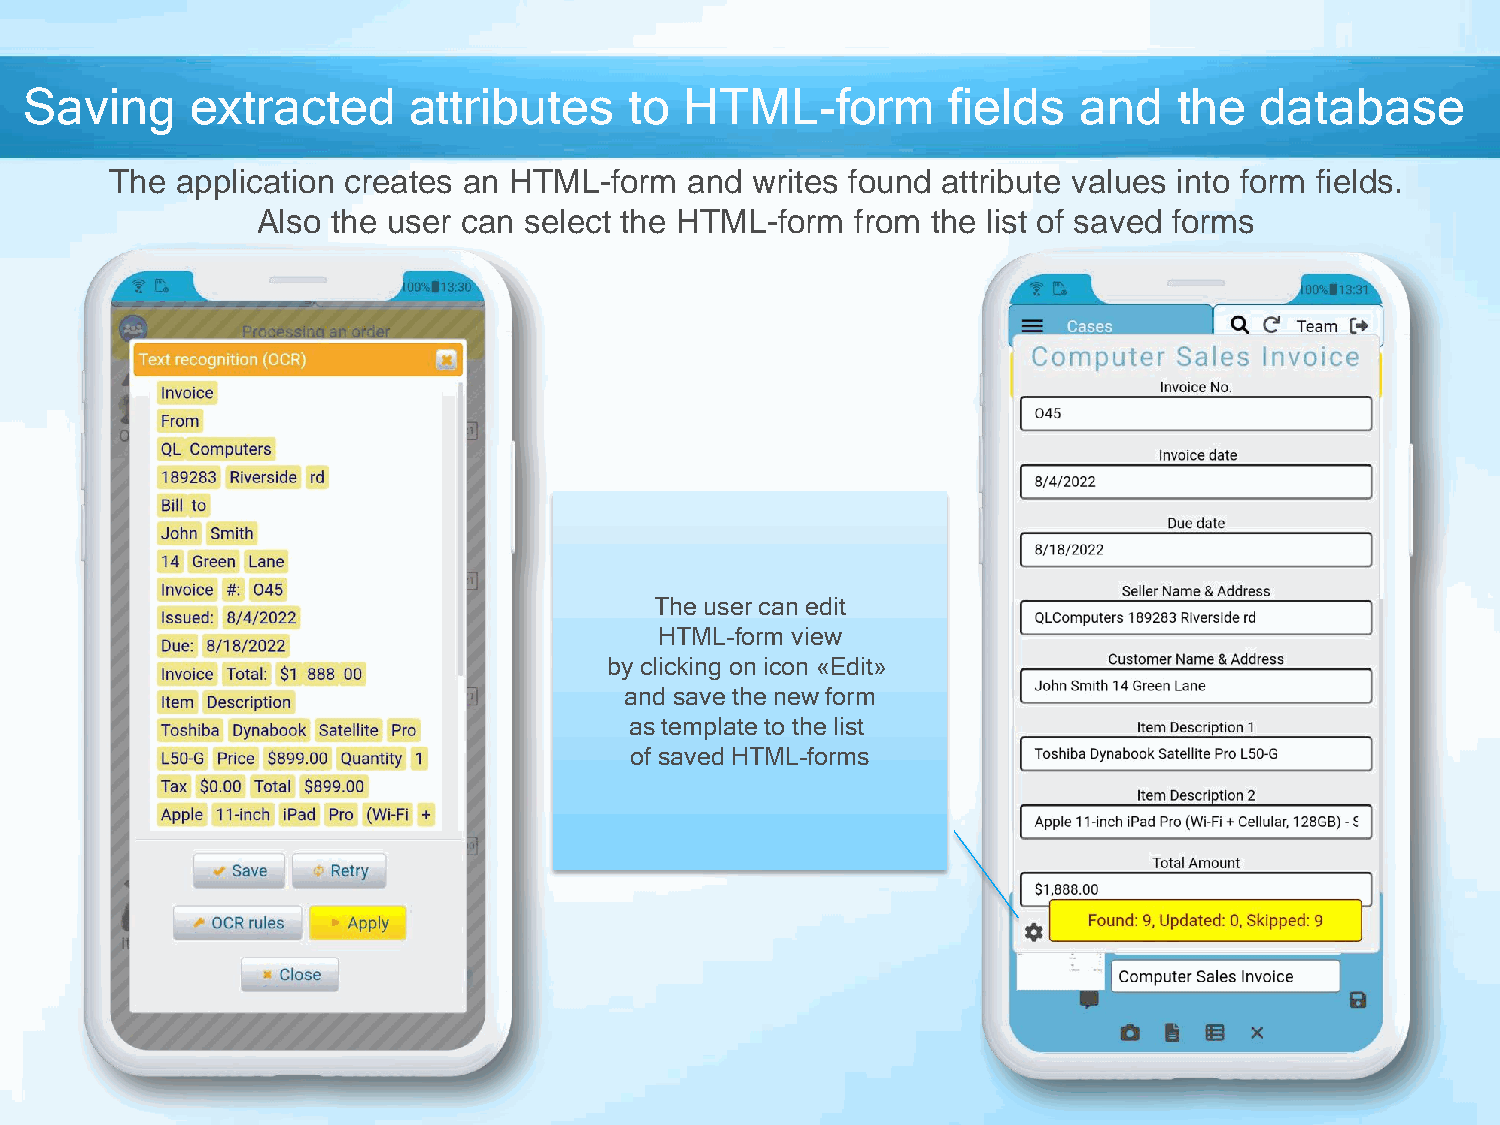
Saving     extracted     attributes     to HTML-form         fields  and    the  database
 The  application creates an HTML-form  and writes found attribute values into form fields.
 Also the user can select the HTML-form  from the list of saved forms
 The user can edit
 HTML-form view
 by clicking on icon «Edit»
 and save the new form
 as template to the list
 of saved HTML-forms